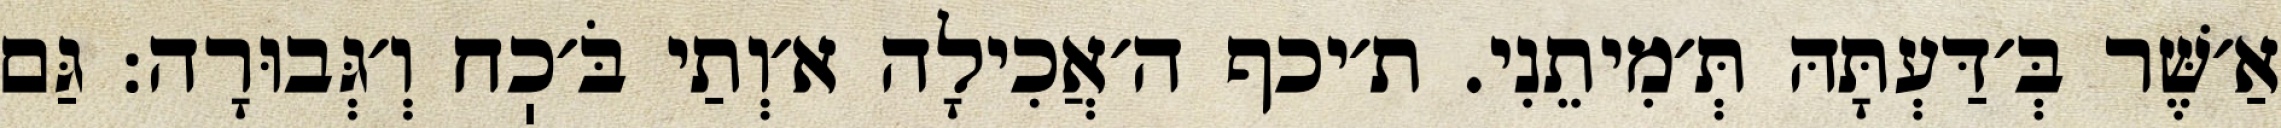
אַ׳שֶּׁר בְּ׳דַּעְתָּהּ תְּ׳מִיתֵנִי. ת׳יכף ה׳אֲכִילָה א׳וְתַי בֹּ׳כֽח וְ׳גְּבוּרָה: גַּם